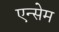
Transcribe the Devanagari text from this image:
एन्सेम